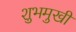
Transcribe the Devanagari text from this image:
शुभमुखी